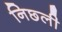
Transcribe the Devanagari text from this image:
निछ्ली